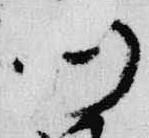
仍